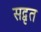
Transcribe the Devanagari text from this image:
सद्वृत